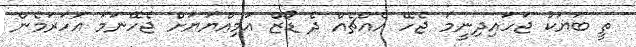
ތީ ބަޔަކު ޖަހައިދިނީމަ ޖެހޭ އެއްޗެއް ދެ ޑޯޒް އަމިއްޔަޔަށް ޖެހޭނަމަ އަހަރަމެން